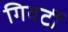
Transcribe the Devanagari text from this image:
गिवर्टी